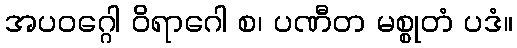
အပဝဂ္ဂေါ ဝိရာဂေါ စ၊ ပဏီတ မစ္စုတံ ပဒံ။